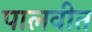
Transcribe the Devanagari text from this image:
पालवीत